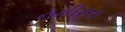
નમીસરા